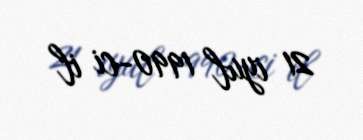
21 iyul 1990-ci il